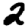
Digit: 2